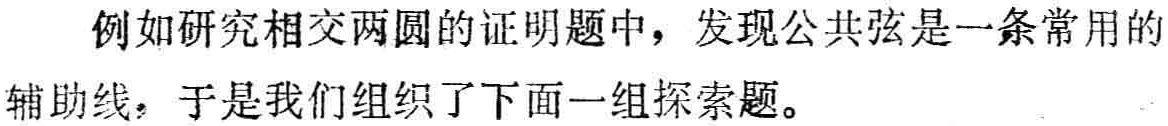
例如研究相交两圆的证明题中，发现公共弦是一条常用的

辅助线，于是我们组织了下面一组探索题。